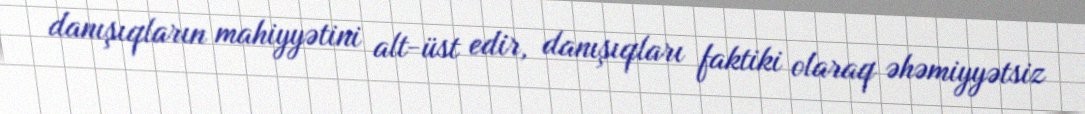
danışıqların mahiyyətini alt-üst edir, danışıqları faktiki olaraq əhəmiyyətsiz